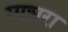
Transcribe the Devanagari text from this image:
माशरा